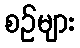
စဉ်များ